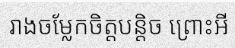
រាងចម្លែកចិត្តបន្តិច ព្រោះអី